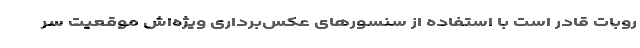
روبات قادر است با استفاده از سنسورهای عکس‌برداری ویژه‌اش موقعیت سر